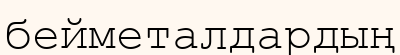
бейметалдардың